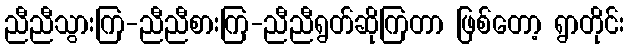
ညီညီသွားကြ-ညီညီစားကြ-ညီညီရွတ်ဆိုကြတာ ဖြစ်တော့ ရွာတိုင်း